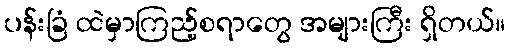
ပန်းခြံ ထဲမှာကြည့်စရာတွေ အများကြီး ရှိတယ်။